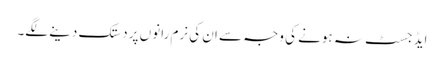
ایڈجسٹ نہ ہونے کی وجہ سے ان کی نرم رانوں پر دستک دینے لگے۔